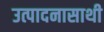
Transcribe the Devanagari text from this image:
उत्पादनासाथी